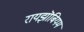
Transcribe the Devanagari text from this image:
रायझॊबियम